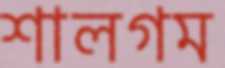
শালগম